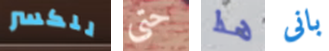
للكسر حتى هذا بانى